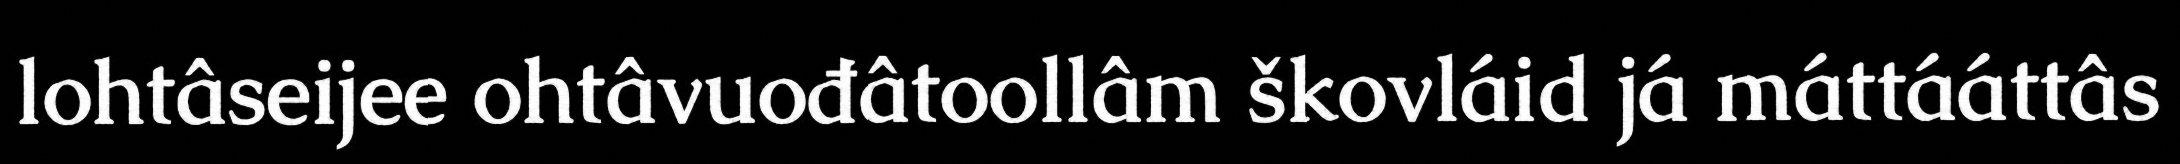
lohtâseijee ohtâvuođâtoollâm škovláid já máttááttâs